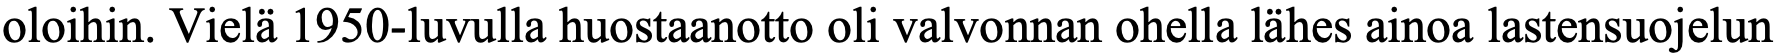
oloihin. Vielä 1950-luvulla huostaanotto oli valvonnan ohella lähes ainoa lastensuojelun